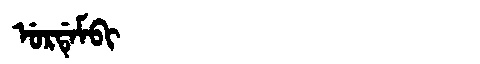
Manchu: ᡠᡵᡩᡝᠮᠪᡳ
Romanization: URDEMBI